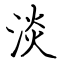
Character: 淡